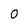
Character: 0